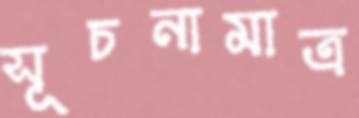
সূচনামাত্র